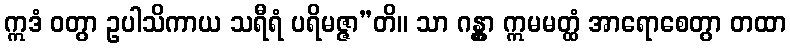
ဣဒံ ဝတွာ ဥပါသိကာယ သရီရံ ပရိမဇ္ဇာ”တိ။ သာ ဂန္တွာ ဣမမတ္ထံ အာရောစေတွာ တထာ